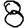
Digit: 8